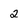
Character: 2